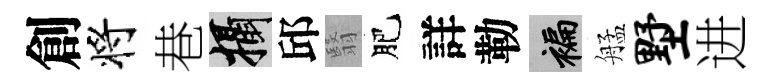
創将巷攝邱翳肥詳勒褊艋墅进